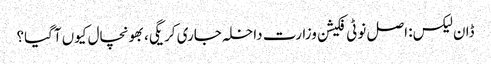
ڈان لیکس: اصل نوٹی فکیشن وزارت داخلہ جاری کریگی، بھونچال کیوں آگیا؟